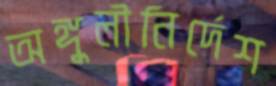
অঙ্গুলীনির্দেশ